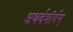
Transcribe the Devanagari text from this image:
अथर्वशीर्षम्